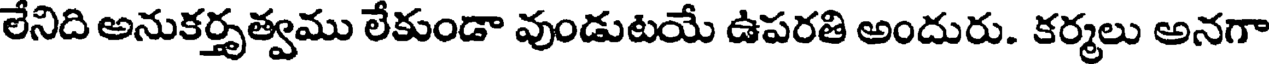
లేనిది అనుకర్తృత్వము లేకుండా వుండుటయే ఉపరతి అందురు. కర్మలు అనగా